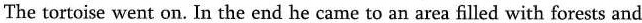
The tortoise went on. In the end he came to an area filled with forests and